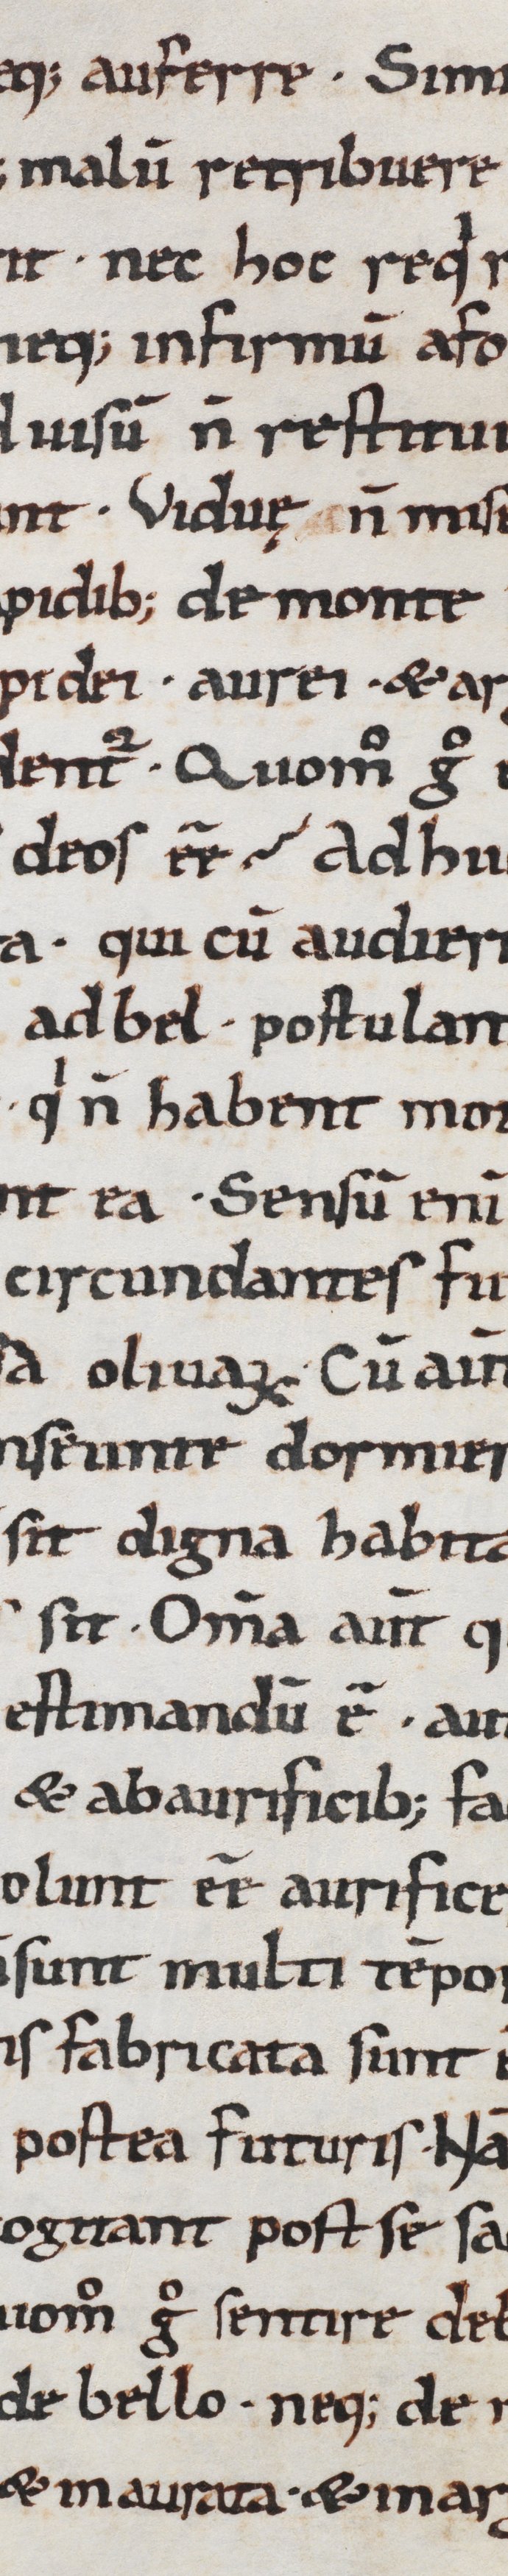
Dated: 1000–1099